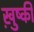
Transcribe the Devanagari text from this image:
ख़ुष्की